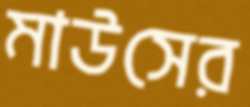
মাউসের